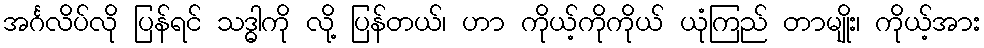
အင်္ဂလိပ်လို ပြန်ရင် သဒ္ဓါကို လို့ ပြန်တယ်၊ ဟာ ကိုယ့်ကိုကိုယ် ယုံကြည် တာမျိုး၊ ကိုယ့်အား